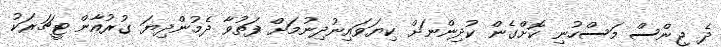
ދެ ޖިންސް މަސްހުނި ކޮށްގެން ކުދިންނަށް ކިޔަވައިނުދިނުމަށް ފަތުވާ ދެމުންދިޔަ ގުރުއާން ޓީޗަރަކު